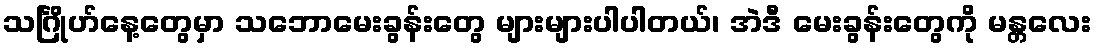
သင်္ဂြိုဟ်နေ့တွေမှာ သဘောမေးခွန်းတွေ များများပါပါတယ်၊ အဲဒီ မေးခွန်းတွေကို မန္တလေး